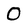
Character: 0